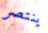
ينتصر